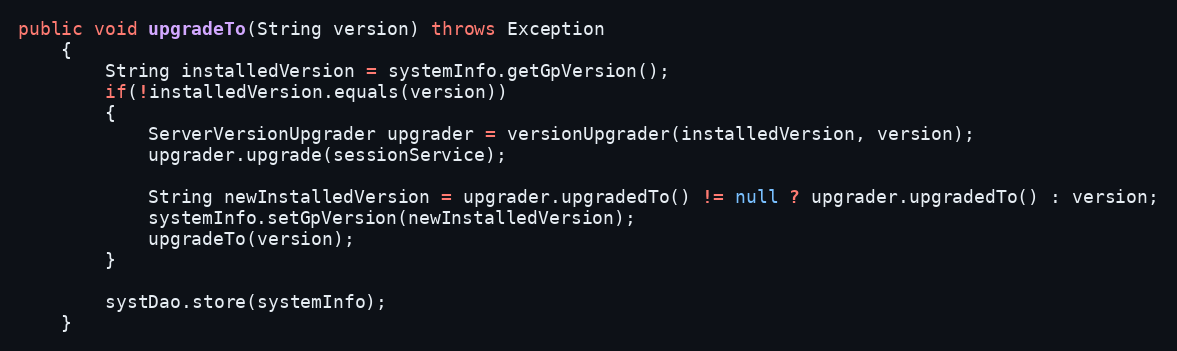
Language: Java
public void upgradeTo(String version) throws Exception
    {
    	String installedVersion = systemInfo.getGpVersion();
    	if(!installedVersion.equals(version))
    	{
    		ServerVersionUpgrader upgrader = versionUpgrader(installedVersion, version);
    		upgrader.upgrade(sessionService);

    		String newInstalledVersion = upgrader.upgradedTo() != null ? upgrader.upgradedTo() : version;
    		systemInfo.setGpVersion(newInstalledVersion);
			upgradeTo(version);
    	}

		systDao.store(systemInfo);
    }